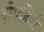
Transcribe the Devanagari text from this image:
दोपहियों